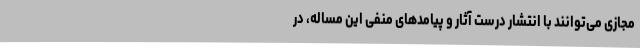
مجازی می‌توانند با انتشار درست آثار و پیامدهای منفی این مساله، در